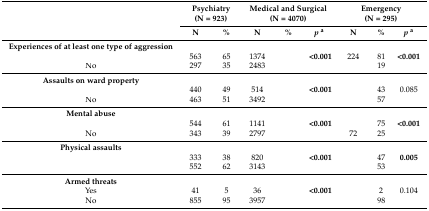
<table><thead><tr><td rowspan="2">[EMPTY_CELL]</td><td colspan="2"><b>Psychiatry (N = 923)</b></td><td colspan="3"><b>Medical and Surgical (N = 4070)</b></td><td colspan="3"><b>Emergency (N = 295)</b></td></tr><tr><td><b>N</b></td><td><b>%</b></td><td><b>N</b></td><td><b>%</b></td><td><b><i>p</i><sup>a</sup></b></td><td><b>N</b></td><td><b>%</b></td><td><b><i>p</i><sup>a</sup></b></td></tr></thead><tbody><tr><td><b>Experiences of at least one type of aggression</b></td><td>[EMPTY_CELL]</td><td>[EMPTY_CELL]</td><td>[EMPTY_CELL]</td><td>[EMPTY_CELL]</td><td>[EMPTY_CELL]</td><td>[EMPTY_CELL]</td><td>[EMPTY_CELL]</td><td>[EMPTY_CELL]</td></tr><tr><td>[EMPTY_CELL]</td><td>563</td><td>65</td><td>1374</td><td>[EMPTY_CELL]</td><td><b>&lt;0.001</b></td><td>224</td><td>81</td><td><b>&lt;0.001</b></td></tr><tr><td>No</td><td>297</td><td>35</td><td>2483</td><td>[EMPTY_CELL]</td><td>[EMPTY_CELL]</td><td>[EMPTY_CELL]</td><td>19</td><td>[EMPTY_CELL]</td></tr><tr><td><b>Assaults on ward property</b></td><td>[EMPTY_CELL]</td><td>[EMPTY_CELL]</td><td>[EMPTY_CELL]</td><td>[EMPTY_CELL]</td><td>[EMPTY_CELL]</td><td>[EMPTY_CELL]</td><td>[EMPTY_CELL]</td><td>[EMPTY_CELL]</td></tr><tr><td>[EMPTY_CELL]</td><td>440</td><td>49</td><td>514</td><td>[EMPTY_CELL]</td><td><b>&lt;0.001</b></td><td>[EMPTY_CELL]</td><td>43</td><td>0.085</td></tr><tr><td>No</td><td>463</td><td>51</td><td>3492</td><td>[EMPTY_CELL]</td><td>[EMPTY_CELL]</td><td>[EMPTY_CELL]</td><td>57</td><td>[EMPTY_CELL]</td></tr><tr><td><b>Mental abuse</b></td><td>[EMPTY_CELL]</td><td>[EMPTY_CELL]</td><td>[EMPTY_CELL]</td><td>[EMPTY_CELL]</td><td>[EMPTY_CELL]</td><td>[EMPTY_CELL]</td><td>[EMPTY_CELL]</td><td>[EMPTY_CELL]</td></tr><tr><td>[EMPTY_CELL]</td><td>544</td><td>61</td><td>1141</td><td>[EMPTY_CELL]</td><td><b>&lt;0.001</b></td><td>[EMPTY_CELL]</td><td>75</td><td><b>&lt;0.001</b></td></tr><tr><td>No</td><td>343</td><td>39</td><td>2797</td><td>[EMPTY_CELL]</td><td>[EMPTY_CELL]</td><td>72</td><td>25</td><td>[EMPTY_CELL]</td></tr><tr><td><b>Physical assaults</b></td><td>[EMPTY_CELL]</td><td>[EMPTY_CELL]</td><td>[EMPTY_CELL]</td><td>[EMPTY_CELL]</td><td>[EMPTY_CELL]</td><td>[EMPTY_CELL]</td><td>[EMPTY_CELL]</td><td>[EMPTY_CELL]</td></tr><tr><td>[EMPTY_CELL]</td><td>333</td><td>38</td><td>820</td><td>[EMPTY_CELL]</td><td><b>&lt;0.001</b></td><td>[EMPTY_CELL]</td><td>47</td><td><b>0.005</b></td></tr><tr><td>[EMPTY_CELL]</td><td>552</td><td>62</td><td>3143</td><td>[EMPTY_CELL]</td><td>[EMPTY_CELL]</td><td>[EMPTY_CELL]</td><td>53</td><td>[EMPTY_CELL]</td></tr><tr><td><b>Armed threats</b></td><td>[EMPTY_CELL]</td><td>[EMPTY_CELL]</td><td>[EMPTY_CELL]</td><td>[EMPTY_CELL]</td><td>[EMPTY_CELL]</td><td>[EMPTY_CELL]</td><td>[EMPTY_CELL]</td><td>[EMPTY_CELL]</td></tr><tr><td>Yes</td><td>41</td><td>5</td><td>36</td><td>[EMPTY_CELL]</td><td><b>&lt;0.001</b></td><td>[EMPTY_CELL]</td><td>2</td><td>0.104</td></tr><tr><td>No</td><td>855</td><td>95</td><td>3957</td><td>[EMPTY_CELL]</td><td>[EMPTY_CELL]</td><td>[EMPTY_CELL]</td><td>98</td><td>[EMPTY_CELL]</td></tr></tbody></table>